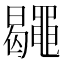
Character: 𪓮